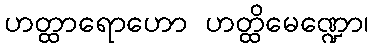
ဟတ္ထာရောဟော ဟတ္ထိမေဏ္ဍော၊